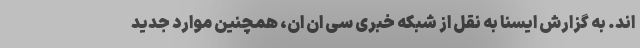
اند. به گزارش ایسنا به نقل از شبکه خبری سی ان ان، همچنین موارد جدید